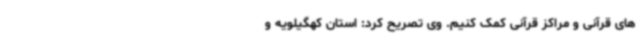
های قرآنی و مراکز قرآنی کمک کنیم. وی تصریح کرد: استان کهگیلویه و